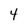
Character: 4